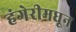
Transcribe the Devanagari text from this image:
हंगेरीमधून